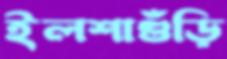
ইলশাগুঁড়ি